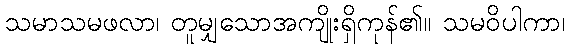
သမာသမဖလာ၊ တူမျှသောအကျိုးရှိကုန်၏။ သမဝိပါကာ၊